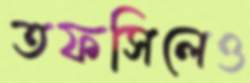
তফসিলেও